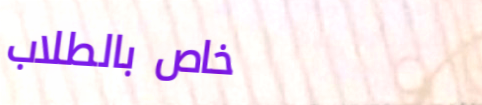
خاص بالطلاب